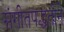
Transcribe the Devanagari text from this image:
संगीतपद्धतीने